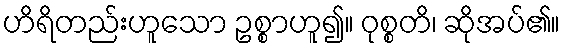
ဟိရိတည်းဟူသော ဥစ္စာဟူ၍။ ဝုစ္စတိ၊ ဆိုအပ်၏။